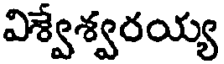
విశ్వేశ్వరయ్య